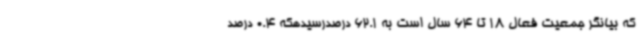
که بیانگر جمعیت فعال 18 تا 64 سال است به 62.1 درصدرسیدهکه 0.4 درصد